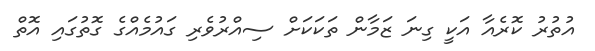
އުތުރު ކޮރެއާ އަކީ ގިނަ ޒަމާން ތަކަކަށް ސިއްރުވެރި ގައުމެއްގެ ގޮތުގައި އޮތް